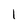
Character: l